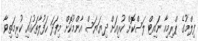
ފިލްމުގެ ޕްރިމިއާ ނައިޓް ލަސްކޮށް ކުރިއަށް ދިޔަޔަސް އާންމުކޮށް މިފަދަ ހަފުލާތަކުގައި ކުރިމަތިވާ